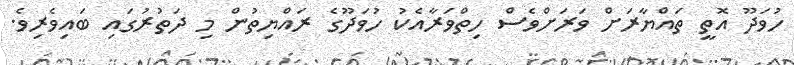
ހުވަދޫ އޮތީ ތައްޔާރަށް ވަރަށްވެސް ހިތްވަރާއެކު ހުވަދޫގެ ރައްޔިތުން މި ދަތުރުގައި ބައިވެރިވެ.